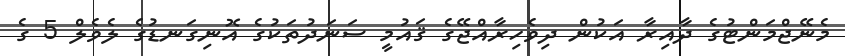
މެނޭޖްމަންޓުގެ ދާއިރާ އަކުން ދިވެހިރާއްޖޭގެ ޤައުމީ ސަނަދުތަކުގެ އޮނިގަނޑުގެ ލެވެލް 5 ގެ